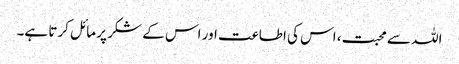
اللہ سے محبت، اس کی اطاعت اور اس کے شکر پر مائل کرتا ہے۔